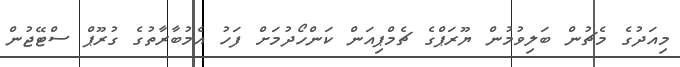
މިއަދުގެ މެޗުން ބަލިވުމުން ޔޫރަޕްގެ ޗެމްޕިއަން ކަންހޯދުމަށް ފަހު އެމުބާރާތުގެ ގުރޫޕް ސްޓޭޖުން